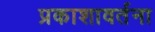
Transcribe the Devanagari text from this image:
प्रकाशावर्तना